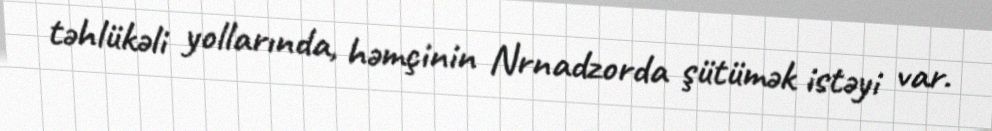
təhlükəli yollarında, həmçinin Nrnadzorda şütümək istəyi var.